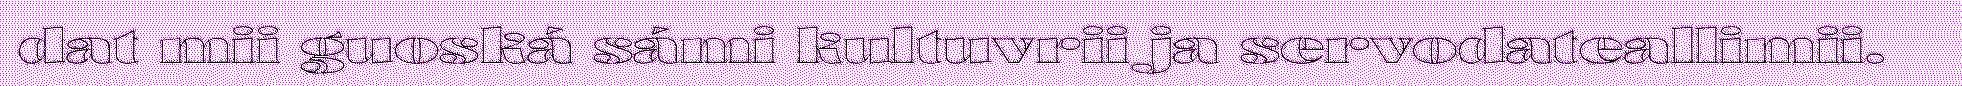
dat mii guoská sámi kultuvrii ja servodateallimii.